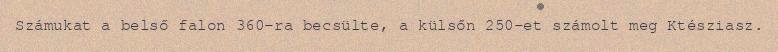
Számukat a belső falon 360-ra becsülte, a külsőn 250-et számolt meg Ktésziasz.